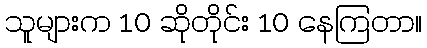
သူများက 10 ဆိုတိုင်း 10 နေကြတာ။